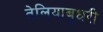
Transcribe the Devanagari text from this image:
तेलियाबुधरी